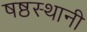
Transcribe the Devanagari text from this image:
षष्ठस्थानी